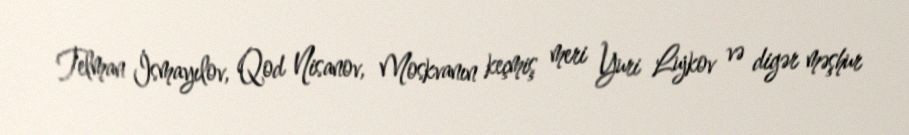
Telman İsmayılov, Qod Nisanov, Moskvanın keçmiş meri Yuri Lujkov və digər məşhur